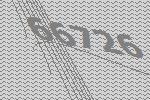
66726